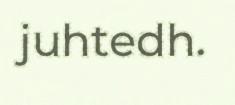
juhtedh.